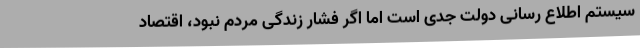
سیستم اطلاع رسانی دولت جدی است اما اگر فشار زندگی مردم نبود، اقتصاد